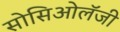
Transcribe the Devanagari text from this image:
सोसिओलॅजी